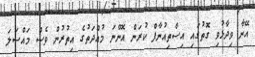
އޭނާ ވިދާޅުވި ގޮތުގައި އިސްތިއުނާފް ކުރަން އޮންނަ މުއްދަތުގެ އިތުރުން ވެސް މައްސަލަ